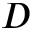
D